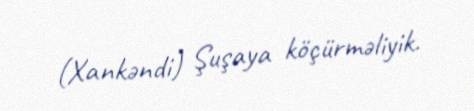
(Xankəndi) Şuşaya köçürməliyik.